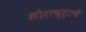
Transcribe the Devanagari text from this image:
सौराष्ट्राचे